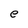
Character: e